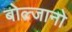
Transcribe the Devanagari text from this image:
बोल्जानो